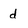
Character: d